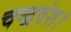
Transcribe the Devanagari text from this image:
चन्द्रवंश।